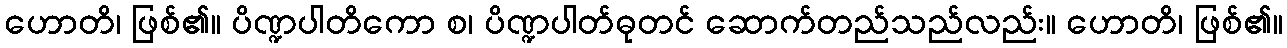
ဟောတိ၊ ဖြစ်၏။ ပိဏ္ဍပါတိကော စ၊ ပိဏ္ဍပါတ်ဓုတင် ဆောက်တည်သည်လည်း။ ဟောတိ၊ ဖြစ်၏။